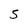
Character: 5